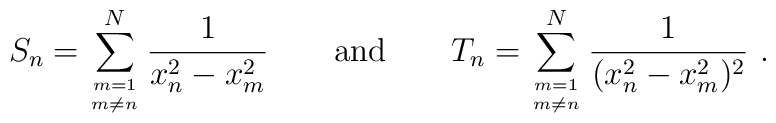
S_n = \sum_{m=1 \atop m\ne n}^N \frac{1}{x_n^2-x_m^2}   \qquad {\rm and} \qquad   T_n = \sum_{m=1 \atop m\ne n}^N \frac{1}{(x_n^2-x_m^2)^2} \ .